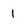
Character: I